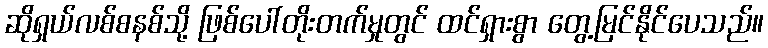
ဆိုရှယ်လစ်စနစ်သို့ ဖြစ်ပေါ်တိုးတက်မှုတွင် ထင်ရှားစွာ တွေ့မြင်နိုင်ပေသည်။